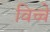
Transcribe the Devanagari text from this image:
विच्चे